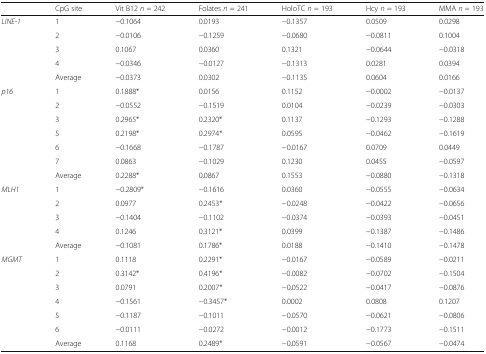
<table><thead><tr><td></td><td><b>CpG site</b></td><td><b>Vit B12 <i>n</i> = 242</b></td><td><b>Folates <i>n</i> = 241</b></td><td><b>HoloTC <i>n</i> = 193</b></td><td><b>Hcy <i>n</i> = 193</b></td><td><b>MMA <i>n</i> = 193</b></td></tr></thead><tbody><tr><td rowspan="5"><i>LINE-1</i></td><td>1</td><td>−0.1064</td><td>0.0193</td><td>−0.1357</td><td>0.0509</td><td>0.0298</td></tr><tr><td>2</td><td>−0.0106</td><td>−0.1259</td><td>−0.0680</td><td>−0.0811</td><td>0.1004</td></tr><tr><td>3</td><td>0.1067</td><td>0.0360</td><td>0.1321</td><td>−0.0644</td><td>−0.0318</td></tr><tr><td>4</td><td>−0.0346</td><td>−0.0127</td><td>−0.1313</td><td>0.0281</td><td>0.0394</td></tr><tr><td>Average</td><td>−0.0373</td><td>0.0302</td><td>−0.1135</td><td>0.0604</td><td>0.0166</td></tr><tr><td rowspan="7"><i>p16</i></td><td>1</td><td>0.1888*</td><td>0.0156</td><td>0.1152</td><td>−0.0002</td><td>−0.0137</td></tr><tr><td>2</td><td>−0.0552</td><td>−0.1519</td><td>0.0104</td><td>−0.0239</td><td>−0.0303</td></tr><tr><td>3</td><td>0.2965*</td><td>0.2320*</td><td>0.1137</td><td>−0.1293</td><td>−0.1288</td></tr><tr><td>5</td><td>0.2198*</td><td>0.2974*</td><td>0.0595</td><td>−0.0462</td><td>−0.1619</td></tr><tr><td>6</td><td>−0.1668</td><td>−0.1787</td><td>−0.0167</td><td>0.0709</td><td>0.0449</td></tr><tr><td>7</td><td>0.0863</td><td>−0.1029</td><td>0.1230</td><td>0.0455</td><td>−0.0597</td></tr><tr><td>Average</td><td>0.2288*</td><td>0.0867</td><td>0.1553</td><td>−0.0880</td><td>−0.1318</td></tr><tr><td rowspan="5"><i>MLH1</i></td><td>1</td><td>−0.2809*</td><td>−0.1616</td><td>0.0360</td><td>−0.0555</td><td>−0.0634</td></tr><tr><td>2</td><td>0.0977</td><td>0.2453*</td><td>−0.0248</td><td>−0.0422</td><td>−0.0656</td></tr><tr><td>3</td><td>−0.1404</td><td>−0.1102</td><td>−0.0374</td><td>−0.0393</td><td>−0.0451</td></tr><tr><td>4</td><td>0.1246</td><td>0.3121*</td><td>0.0399</td><td>−0.1387</td><td>−0.1486</td></tr><tr><td>Average</td><td>−0.1081</td><td>0.1786*</td><td>0.0188</td><td>−0.1410</td><td>−0.1478</td></tr><tr><td rowspan="7"><i>MGMT</i></td><td>1</td><td>0.1118</td><td>0.2291*</td><td>−0.0167</td><td>−0.0589</td><td>−0.0211</td></tr><tr><td>2</td><td>0.3142*</td><td>0.4196*</td><td>−0.0082</td><td>−0.0702</td><td>−0.1504</td></tr><tr><td>3</td><td>0.0791</td><td>0.2007*</td><td>−0.0522</td><td>−0.0417</td><td>−0.0876</td></tr><tr><td>4</td><td>−0.1561</td><td>−0.3457*</td><td>0.0002</td><td>0.0808</td><td>0.1207</td></tr><tr><td>5</td><td>−0.1187</td><td>−0.1011</td><td>−0.0570</td><td>−0.0621</td><td>−0.0806</td></tr><tr><td>6</td><td>−0.0111</td><td>−0.0272</td><td>−0.0012</td><td>−0.1773</td><td>−0.1511</td></tr><tr><td>Average</td><td>0.1168</td><td>0.2489*</td><td>−0.0591</td><td>−0.0567</td><td>−0.0474</td></tr></tbody></table>